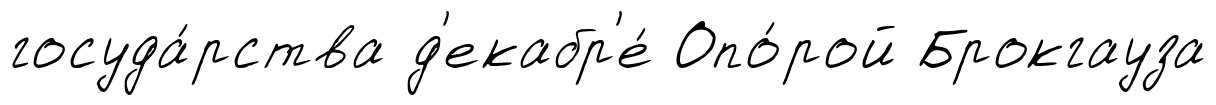
госуда́рства д'екабр'е́ Опо́рой Брокгауза